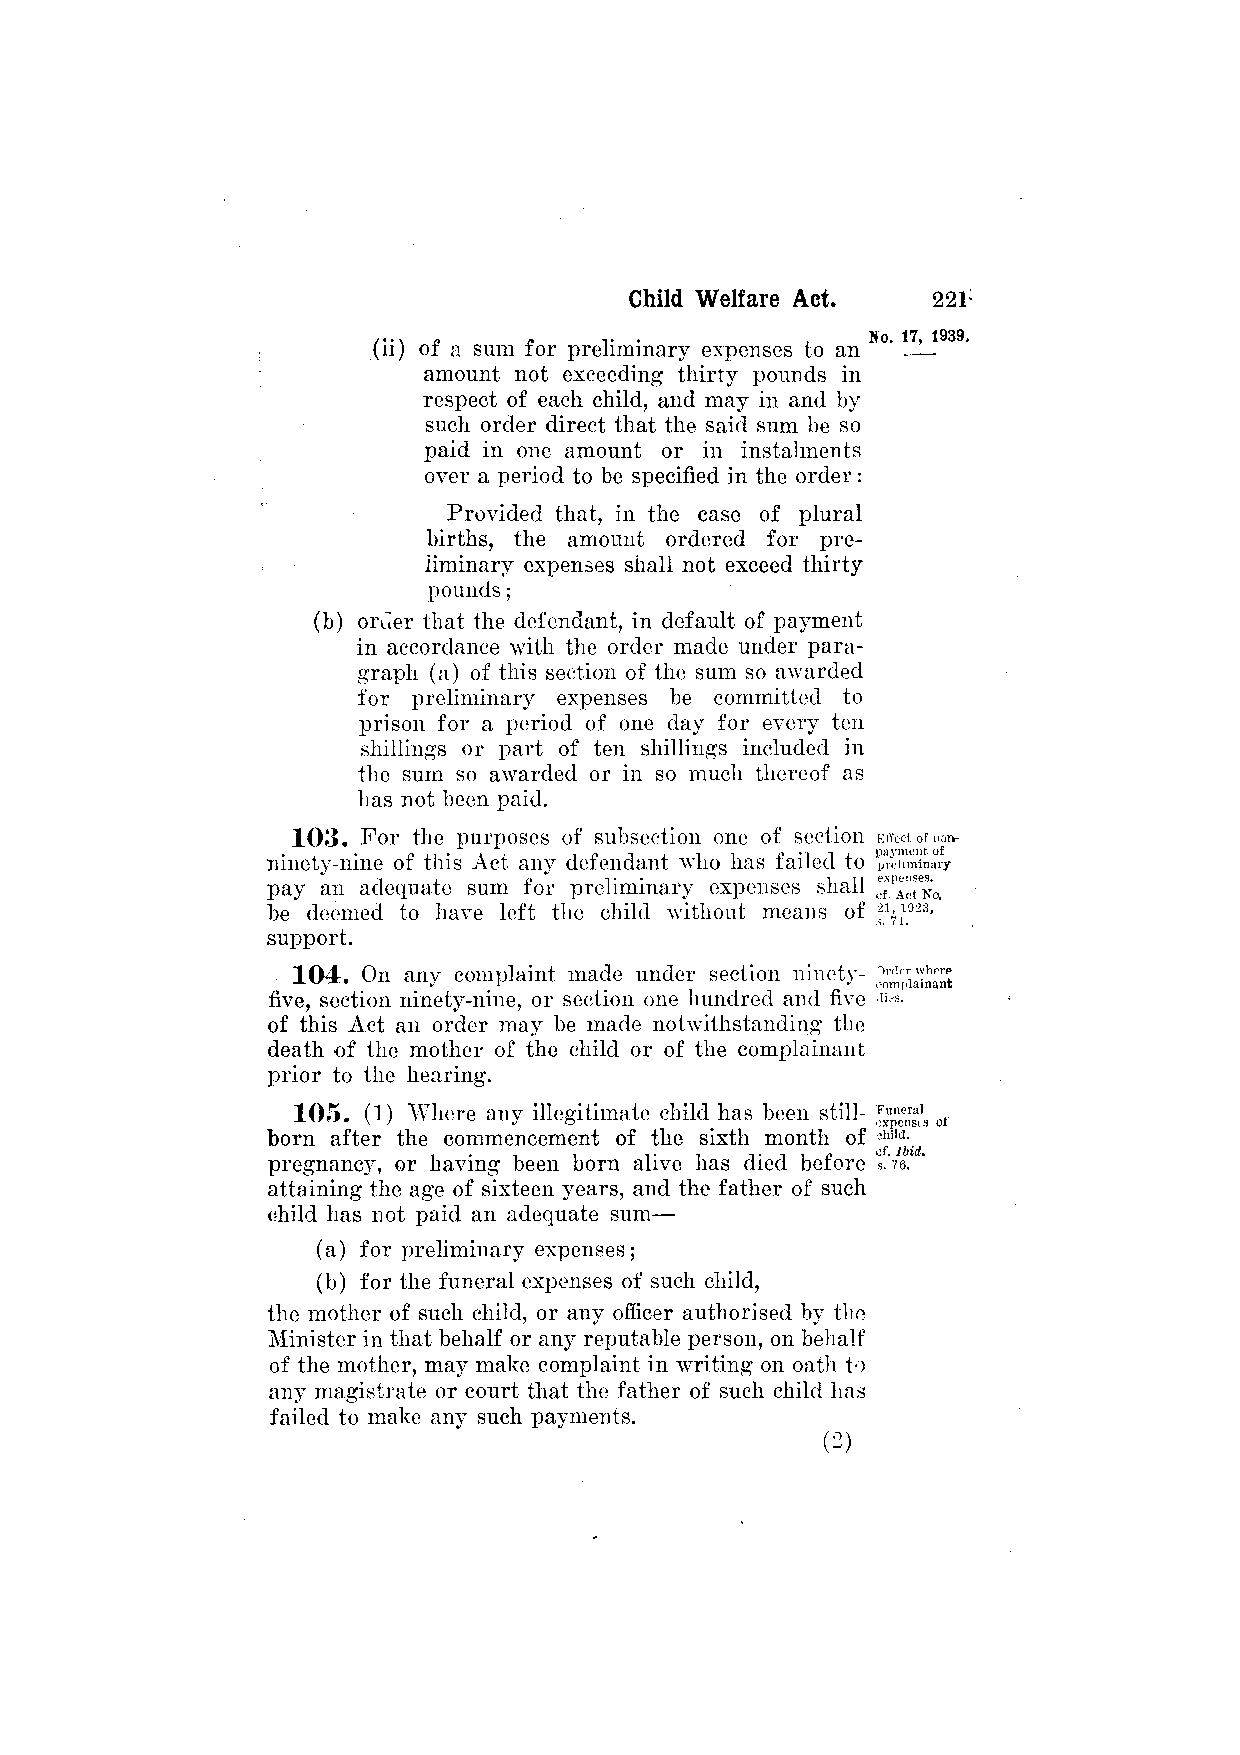
(ii) of a sum for preliminary expenses to an
 amount not exceeding thirty pounds in
 respect of each child, and may in and by
 such order direct that the said sum be so
 paid in one amount or in instalments
 over a period to be specified in the order:
 Provided that, in the case of plural
 births, the amount ordered for pre­
 liminary expenses shall not exceed thirty
 pounds;
 (b) order that the defendant, in default of payment
 in accordance with the order made under para­
 graph (a) of this section of the sum so awarded
 for preliminary expenses be committed to
 prison for a period of one day for every ten
 shillings or part of ten shillings included in
 the sum so awarded or in so much thereof as
 has not been paid.
 103. For the purposes of subsection one of section
 ninety-nine of this Act any defendant who has failed to
 pay an adequate sum for preliminary expenses shall
 be deemed to have left the child without means of
 support.
 104. On any complaint made under section ninety-
 five, section ninety-nine, or section one hundred and five
 of this Act an order may be made notwithstanding the
 death of the mother of the child or of the complainant
 prior to the hearing.
 10P5. (1) Where any illegitimate child has been still­
 born after the commencement of the sixth month of
 pregnancy, or having been born alive has died before
 attaining the age of sixteen years, and the father of such
 child has not paid an adequate sum—
 (a) for preliminary expenses;
 (b) for the funeral expenses of such child,
 the mother of such child, or any officer authorised by the
 Minister in that behalf or any reputable person, on behalf
 of the mother, may make complaint in writing on oath to
 any magistrate or court that the father of such child has
 failed to make any such payments.
 (2)